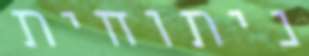
ניתוחית